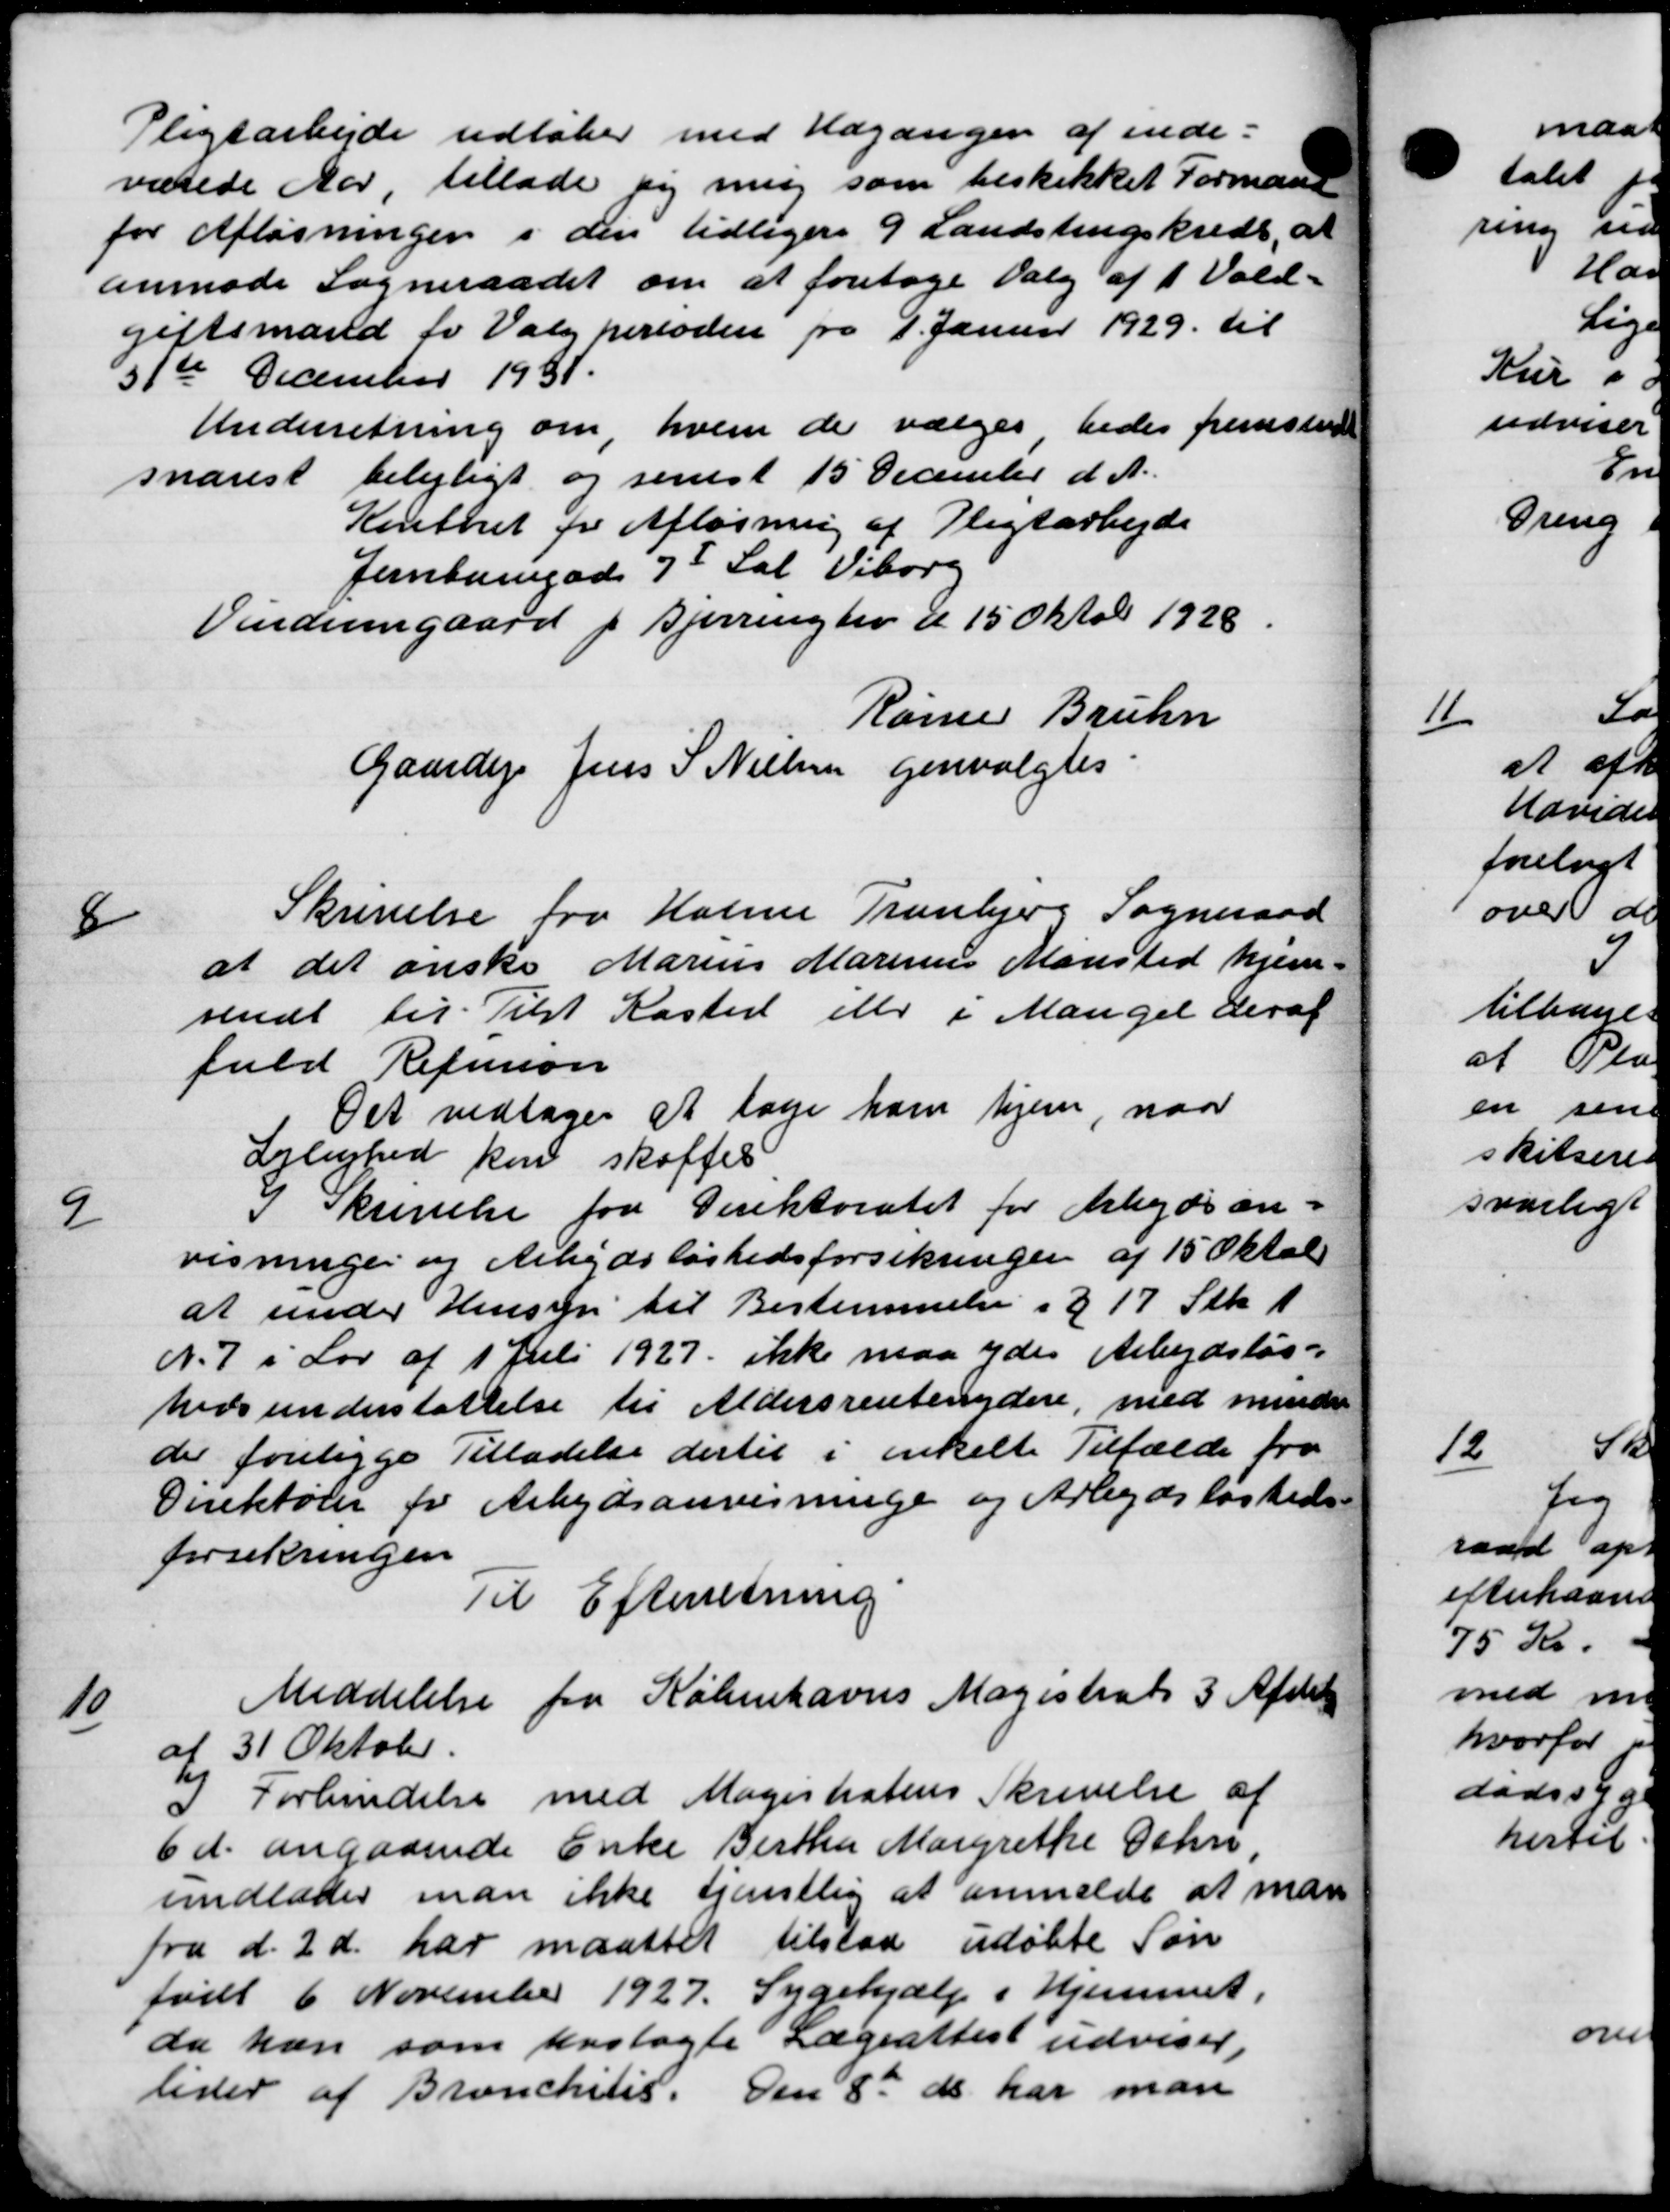
Transskription:
Pligtarbejde udløber med Udgangen af inde-
værede Aar, tillade jeg mig som beskikket Formand
for Afløsningen i den tidligere 9 Landstingskreds, at
anmode Sogneraadet om at foretage Valg af 1 Vald.
giftsmand for Valg perioden fra 1. Januar 1929 til
31te December 1931.
Underretning om hvem de vælges bedes fremsted
snarest belejligt og senest 15 December d. A.
Kontoret for Afløsning af Pligtarbejde
Jernbanegade 7. Sal Viborg
Vindumgaard p Bjerringslev d 15 Oktobr 1928.
Rønne Bruhn
Gaardejer Jens S Nielsen genvalgtes:
8
Skrivelse fra Holme Tranbjerg Sogneraad
at det ønske Marius Marinus Marsted hjem-
sendt til Tilst Kaster eller i Mangel deraf
fuld Refusion
Det vedtoges at tage ham hjem, naar
Lejlighed kan skaffes
9
I Skrivelse fra Direktoratet for Arbejdsan-
visninger og Arbejdsløshedsforsikringen af 15 Oktob
at under Hensyn til Bestemmelse i § 17 Stk 1
N. 7 i Lov af 1 Juli 1927 ikke maa ydes Arbejdsløs-
hedsunderstøttelse til Aldersrentenydere, med mindre
der foreligge Tilladelse dertil i enkelte Tilfælde fra
Direktører for Arbejdsanvisningen og Arbejdsløsheds
forsikringen
Til Efterretning
10
Meddelelse fra Københavns Magistrats 3 Afdel
af 31 Oktober.
I Forbindelse med Magistratens Skrivelse af
6 d. angaaende Enke Bertha Margrethe Schn
undlader man ikke tjenstlig at anmelde at man
fra d. 2 d. har maattet tilstaa udøbte Søn
født 6 November 1927. Sygehjælp i Hjemmet.
da han som hoslagte Lægeattest udviser,
lider af Bronchitis. Den 8de ds har man